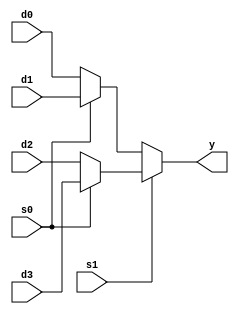
module mux4to1( input d0,d1,d2,d3,input s0,s1,output y);
assign y = s1 ? (s0 ? d3 : d2) : (s0 ? d1 : d0);
endmodule